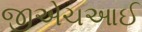
જીએચઆઈ